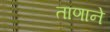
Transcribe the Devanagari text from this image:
ताणाने